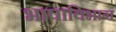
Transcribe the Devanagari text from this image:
भाषाविभाग